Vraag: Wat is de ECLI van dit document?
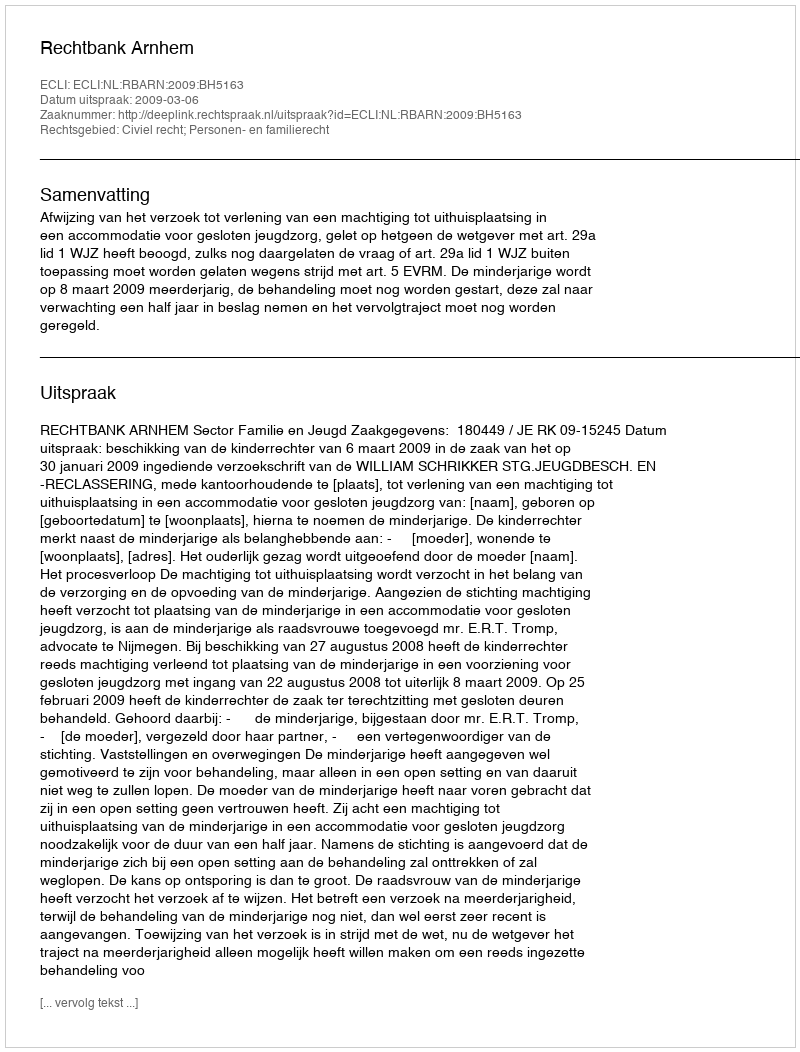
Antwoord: ECLI:NL:RBARN:2009:BH5163